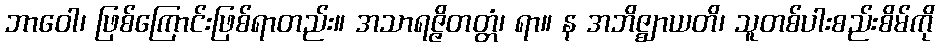
ဘာဝေါ၊ ဖြစ်ကြောင်းဖြစ်ရာတည်း။ အသာရဇ္ဇိတတ္တံ၊ ရာ။ န အဘိဇ္ဈာယတိ၊ သူတစ်ပါးစည်းစိမ်ကို